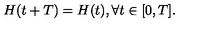
H ( t + T ) = H ( t ) , \forall t \in [ 0 , T ] .